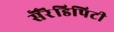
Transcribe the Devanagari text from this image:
सॆरॆंडिपिटी